Scottish Leaving Certificate Examination, 1956
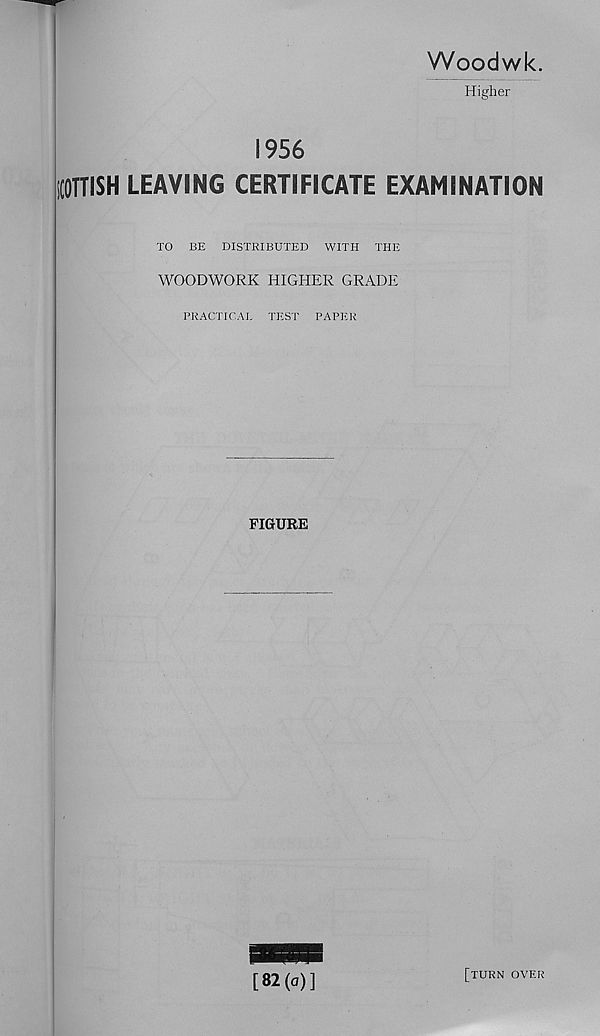
Woodwk.
Higher
1956
{OTTISH LEAVING CERTIFICATE EXAMINATION
TO BE DISTRIBUTED WITH THE
WOODWORK HIGHER GRADE
PRACTICAL TEST PAPER
FIGURE
Wo)]
[turn over